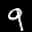
Label: 9